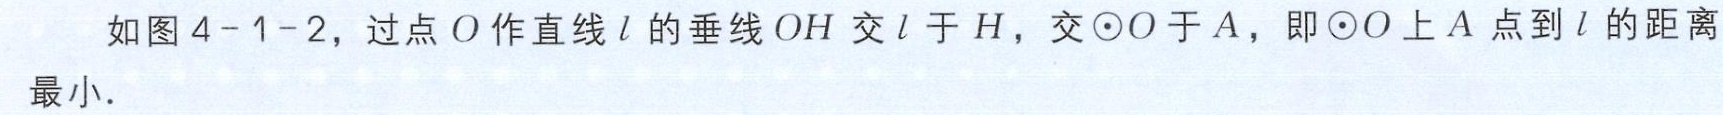
如图4-1-2，过点\(O\)作直线\(l\)的垂线\(OH\)交\(l\)于\(H\)，交\(\odot O\)于\(A\)，即\(\odot O\)上\(A\)点到\(l\)的距离最小.